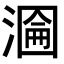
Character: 𭲂